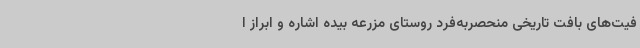
فیت‌های بافت تاریخی منحصربه‌فرد روستای مزرعه بیده اشاره و ابراز ا